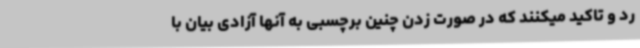
رد و تاکید میکنند که در صورت زدن چنین برچسبی به آنها آزادی بیان با